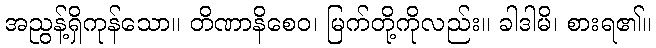
အညွန့်ရှိကုန်သော။ တိဏာနိစေဝ၊ မြက်တို့ကိုလည်း။ ခါဒါမိ၊ စားရ၏။